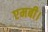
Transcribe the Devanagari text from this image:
एमबी।